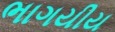
ભાગયીય